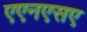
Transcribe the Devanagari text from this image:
एएनएसए